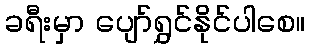
ခရီးမှာ ပျော်ရွှင်နိုင်ပါစေ။